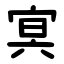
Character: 㝠